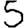
Digit: 5